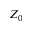
Z _ { 0 }